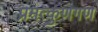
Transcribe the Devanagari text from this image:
प्रमत्कुणगण